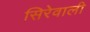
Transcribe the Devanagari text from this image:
सिरेवाली